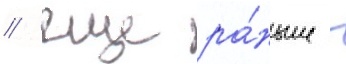
/ еще ра́ньше -